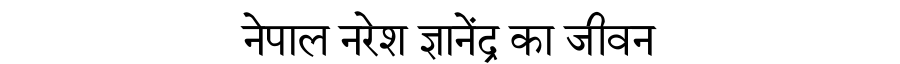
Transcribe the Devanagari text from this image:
नेपाल नरेश ज्ञानेंद्र का जीवन